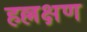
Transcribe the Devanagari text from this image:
हल्लक्षण